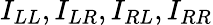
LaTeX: I_{LL},I_{LR},I_{RL},I_{RR}